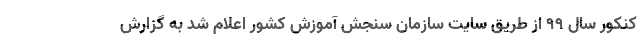
کنکور سال ۹۹ از طریق سایت سازمان سنجش آموزش کشور اعلام شد به گزارش